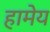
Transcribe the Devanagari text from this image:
हामेय